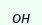
он